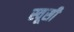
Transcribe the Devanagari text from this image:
स्वूसी